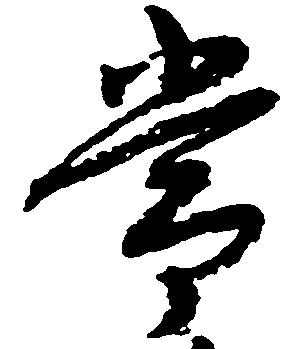
常